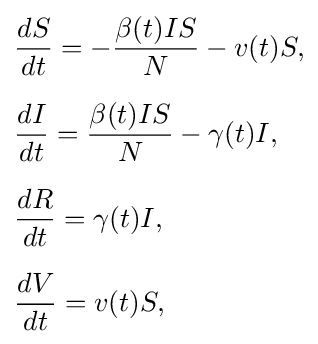
{\begin{aligned}&{\frac {dS}{dt}}=-{\frac {\beta (t)IS}{N}}-v(t)S,\\[6pt]&{\frac {dI}{dt}}={\frac {\beta (t)IS}{N}}-\gamma (t)I,\\[6pt]&{\frac {dR}{dt}}=\gamma (t)I,\\[6pt]&{\frac {dV}{dt}}=v(t)S,\end{aligned}}